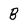
Character: B